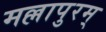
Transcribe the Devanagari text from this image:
मल्लापुरम्